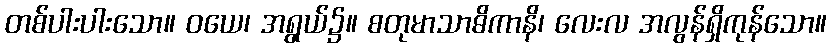
တစ်ပါးပါးသော။ ဝယေ၊ အရွယ်၌။ စတုမာသာဓိကာနိ၊ လေးလ အလွန်ရှိကုန်သော။